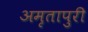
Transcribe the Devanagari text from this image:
अमृतापुरी